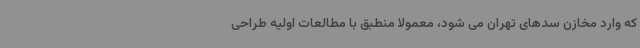
که وارد مخازن سدهای تهران می شود، معمولا منطبق با مطالعات اولیه طراحی